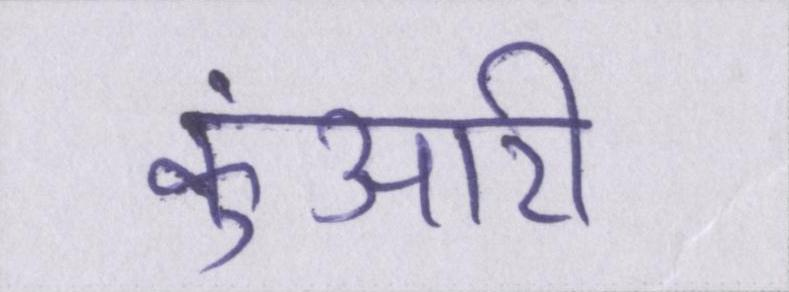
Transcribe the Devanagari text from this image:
कुंआरी